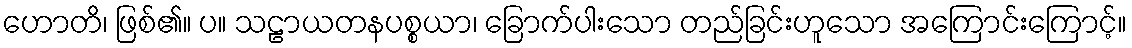
ဟောတိ၊ ဖြစ်၏။ ပ။ သဠာယတနပစ္စယာ၊ ခြောက်ပါးသော တည်ခြင်းဟူသော အကြောင်းကြောင့်။